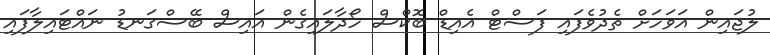
ލުޖައިން އަވަހަށް ތެދުވެފައި ފަސްޓް އެއިޑް ބޮކްސް ހޯދާލައިގެން އައިސް ބޭސްގަނޑު ނައްޓައިލާފައި